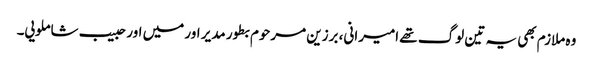
وہ ملازم بھی یہ تین لوگ تھے امیرانی، برزین مرحوم بطور مدیر اور میں اور حبیب شاملویی۔